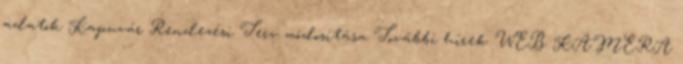
adatok Kapuvár Rendezési Terv módosítása További hírek WEB KAMERA